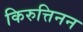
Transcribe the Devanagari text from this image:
किरुत्तिनन